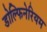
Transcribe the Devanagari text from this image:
डोल्फिनेरियम